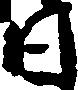
日